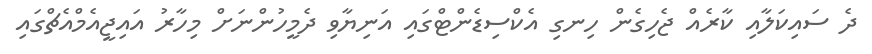
ދެ ސައިކަލާއި ކާރެއް ޖެހިގެން ހިނގި އެކްސިޑެންޓްގައި އަނިޔާވި ދެމީހުންނަށް މިހާރު އައިޖީއެމްއެޗްގައި